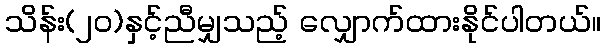
သိန်း(၂ဝ)နှင့်ညီမျှသည့် လျှောက်ထားနိုင်ပါတယ်။